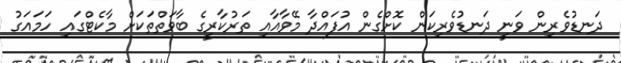
ދަނޑުވެރިން ވަނީ ދަނޑުވެރިކަން ކޮށްގެން އުފައްދާ މޭވާއާއި ތަރުކާރީގެ ބާވަތްތަކަށް މާކެޓްގައި ހަމައަގު